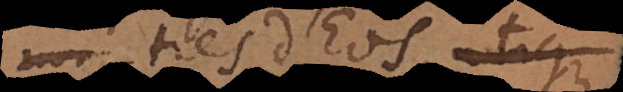
tres Deos, utique